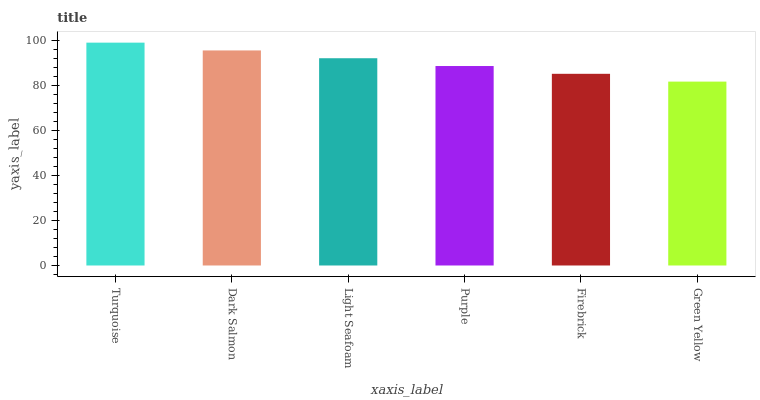
| xaxis_label | bars |
 | --- | --- |
 | Turquoise | 99 |
 | Dark Salmon | 95.5 |
 | Light Seafoam | 92.1 |
 | Purple | 88.6 |
 | Firebrick | 85.2 |
 | Green Yellow | 81.7 |